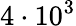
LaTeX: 4\cdot 10^{3}